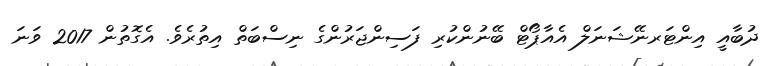
ދުބާއީ އިންޓަރނޭޝަނަލް އެއާޕޯޓް ބޭނުންކުރި ފަސިންޖަރުންގެ ނިސްބަތް އިތުރެވެ. އެގޮތުން 2017 ވަނަ